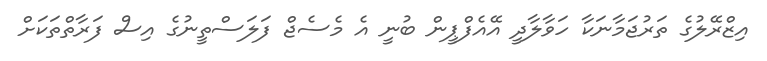
އިޒްރޭލުގެ ތަރުޖަމާނަކާ ހަވާލާދީ އޭއެފްޕީން ބުނީ އެ މެސެޖް ފަލަސްތީނުގެ އިސް ފަރާތްތަކަށް